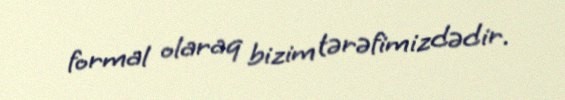
formal olaraq bizim tərəfimizdədir.